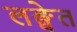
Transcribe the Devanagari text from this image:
लङ्घेत